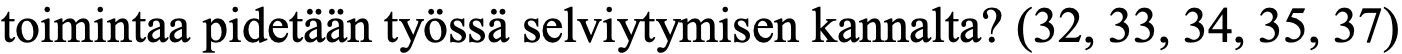
toimintaa pidetään työssä selviytymisen kannalta? (32, 33, 34, 35, 37)